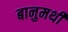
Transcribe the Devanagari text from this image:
बानुमथी